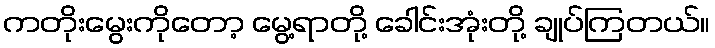
ကတိုးမွေးကိုတော့ မွေ့ရာတို့ ခေါင်းအုံးတို့ ချုပ်ကြတယ်။